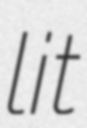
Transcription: lit